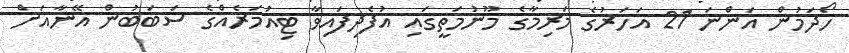
ހޯދަމުން އަންނަ 21 އަހަރުގެ މަރިމާގެ މޫނުމަތީގައި އުފެދިފައިވާ ޓިއުމަރެއްގެ ސަބަބުން އޭނާއަށް